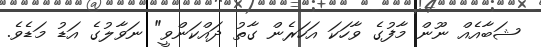
ޝަބާއެއް ނޫން މާފުގެ ވާހަކަ އަހަރެން ގާތު ދައްކަންވީ" ނަވާލުގެ އަޑު މަޑެވެ.